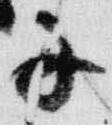
子